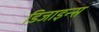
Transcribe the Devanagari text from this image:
डिजाइन्स